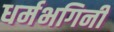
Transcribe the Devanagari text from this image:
धर्मभगिनी